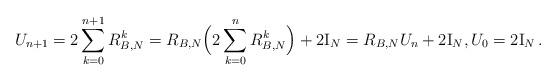
LaTeX: \begin{align*}U_{n+1}=2 \sum_{k=0}^{n+1} R^k_{B,N} = R_{B,N} \Big(2 \sum_{k=0}^{n}R_{B,N}^k\Big) + 2{\rm I}_{N} = R_{B,N} U_{n} +2{\rm I}_{N} , U_{0}=2{\rm I}_{N} \, .\end{align*}